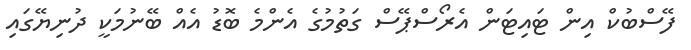
ފޭސްބުކް އިން ޓައިޓަން އެރޯސްޕޭސް ގަތުމުގެ އެންމެ ބޮޑު އެއް ބޭނުމަކީ ދުނިޔޭގައި